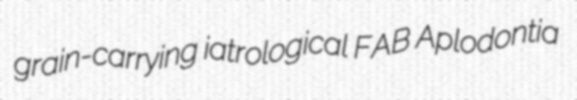
grain-carrying iatrological FAB Aplodontia